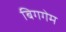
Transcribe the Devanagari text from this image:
बिगगेम